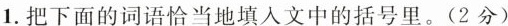
1.把下面的词语恰当地填人文中的括号里。(2分)